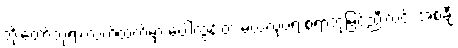
ဘိုးတော်ဘုရားလက်ထက်မှာ ပေါ်ထွန်းတဲ့ မယ်လုပ်ရဲ့ စံရာဘုံမြင့်ညီးလင်း အစချီ